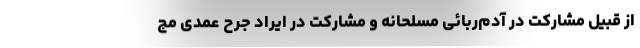
از قبیل مشارکت در آدم‌ربائی مسلحانه و مشارکت در ایراد جرح عمدی مج